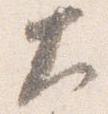
大